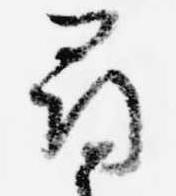
尋